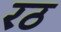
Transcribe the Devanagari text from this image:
रठ